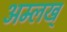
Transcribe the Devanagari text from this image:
अम्लख्